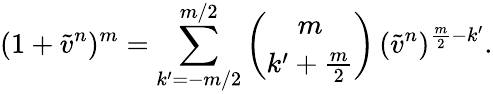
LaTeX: (1+\tilde{v}^{n})^{m}=\sum_{k^{\prime}=-m/2}^{m/2}\binom{m}{k^{\prime}+\frac{m}{2}}\, (\tilde{v}^{n})^{\frac{m}{2}-k^{\prime}}.